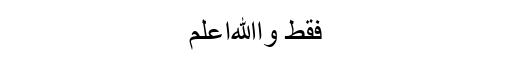
فقط واﷲأعلم